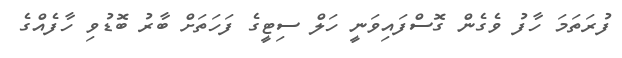
ފުރަތަމަ ހާފު ވެގެން ގޮސްފައިވަނީ ހަލް ސިޓީގެ ފަހަތަށް ބާރު ބޮޑުވި ހާފެއްގެ